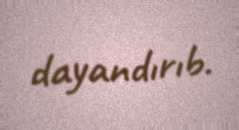
dayandırıb.